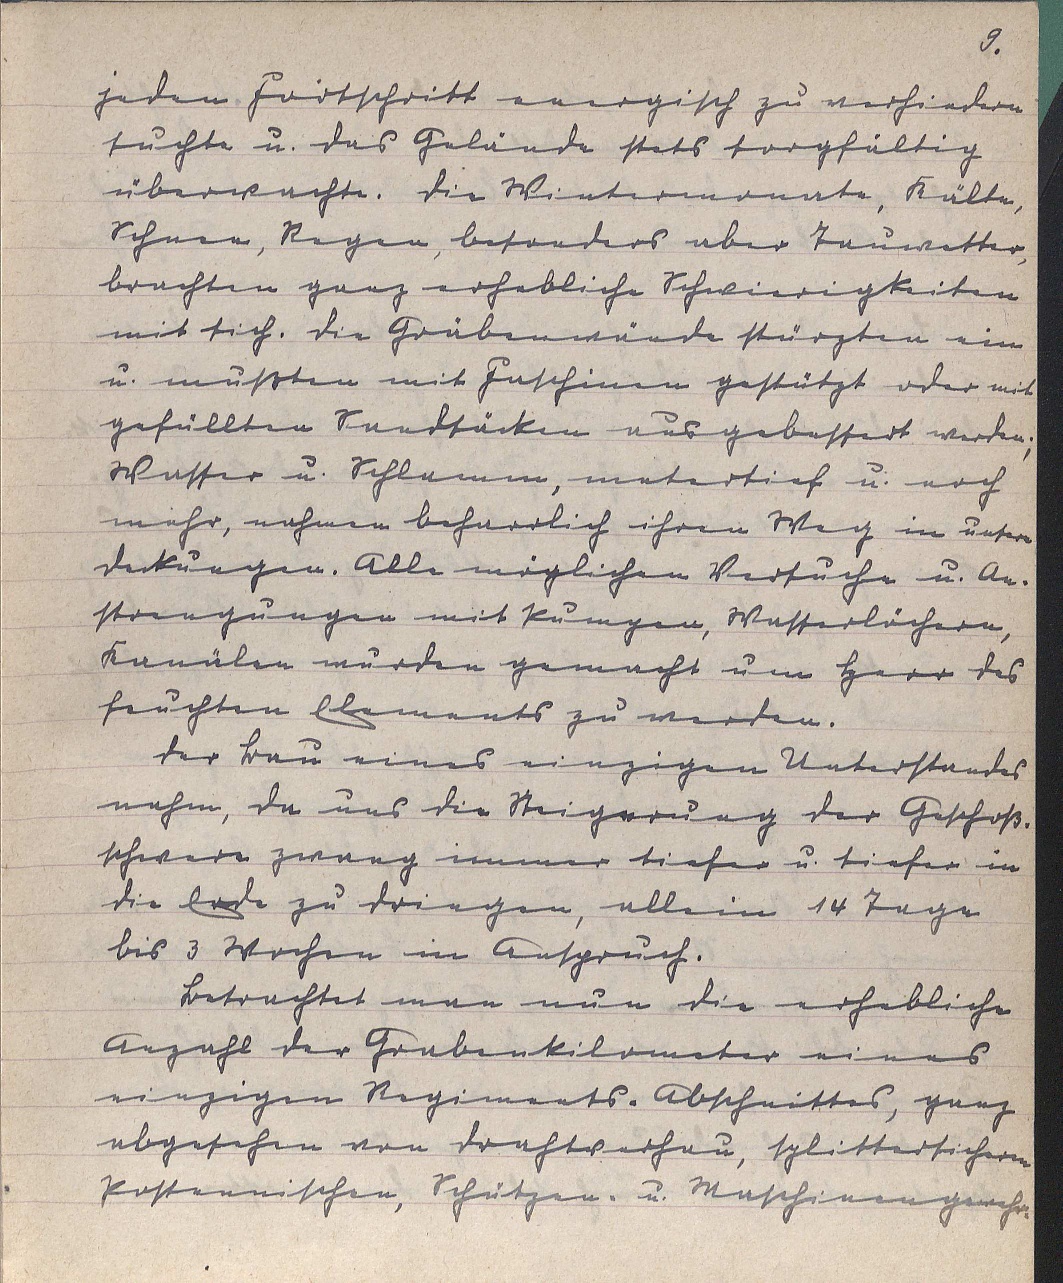
9.
jeden Fortschritt energisch zu verhindern
suchte u. das Gelände stets sorgfältig
überwachte. Die Wintermonate, Kälte,
Schnee, Regen, besonders aber Tauwetter,
brachten ganz erhebliche Schwierigkeiten
mit sich. Die Gräbenwände stürzten ein
u. mußten mit Faschinen gestützt oder mit
gefüllten Sandsäcken ausgebessert werden;
Wasser u. Schlamm, metertief u. noch
mehr, nahmen beharrlich ihren Weg in unsere
Deckungen. Alle möglichen Versuche u. An¬
strengungen mit Pumpen, Wasserlöchern,
Kanälen wurden gemacht um Herr des
feuchten Elements zu werden.
Der Bau eines einzigen Unterstandes
nahm, da uns die Steigerung der Geschoß¬
schwere zwang immer tiefer u. tiefer in
die Erde zu dringen, allein 14 Tage
bis 3 Wochen in Anspruch.
Betrachtet man nun die erhebliche
Anzahl der Grabenkilometer eines
einzigen Regiments-Abschnittes, ganz
abgesehen von Drahtverhau, splittersicheren
Postennischen, Schützen- u. Maschinengewehr¬